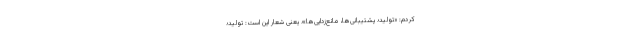
کردم: «تولید؛ پشتیبانی‌ها، مانع‌زدایی‌ها»؛ یعنی شعار این است: تولید؛